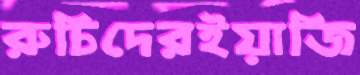
রুচিদেরইয়াজি